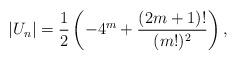
LaTeX: \begin{align*}|U_n|=\frac{1}{2} \left(-4^m+\frac{(2m+1)!}{(m!)^2} \right),\end{align*}